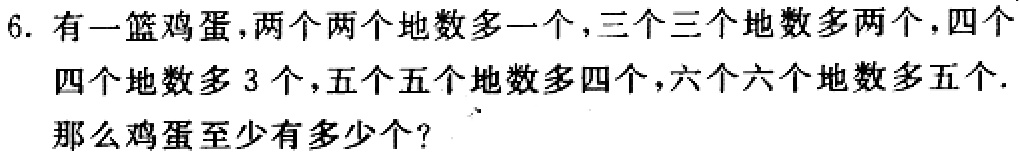
6. 有一篮鸡蛋，两个两个地数多一个，三个三个地数多两个，四个

四个地数多 3 个，五个五个地数多四个，六个六个地数多五个.

那么鸡蛋至少有多少个？